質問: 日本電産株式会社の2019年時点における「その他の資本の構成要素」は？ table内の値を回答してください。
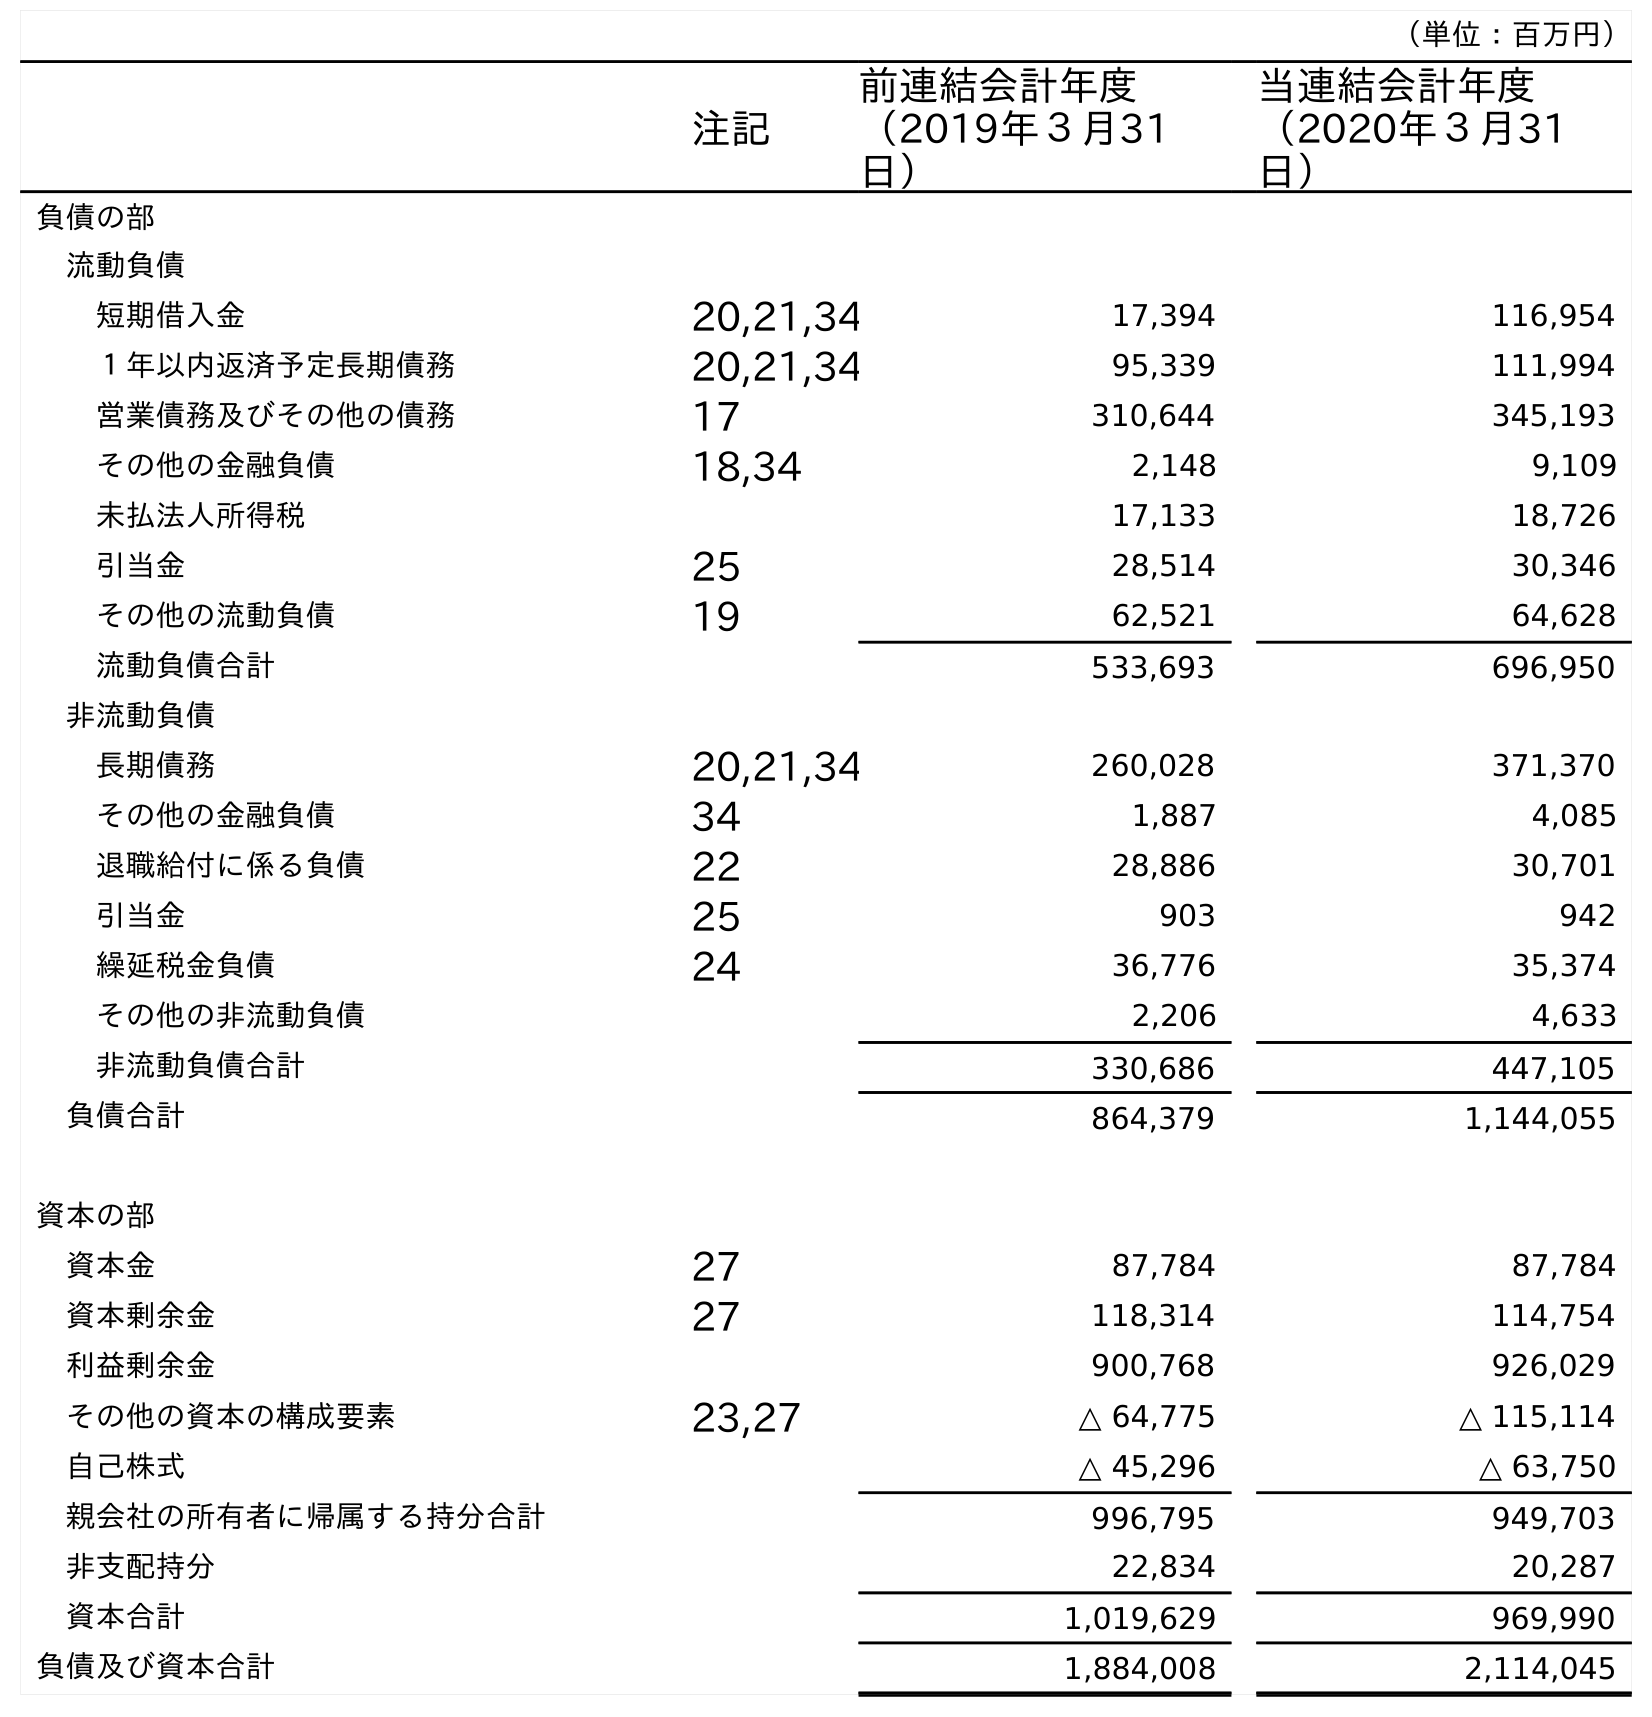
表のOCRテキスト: （単位：百万円） 注記 前連結会計年度 （2019年３月31 日） 当連結会計年度 （2020年３月31 日） 負債の部 流動負債 短期借入金 20,21,34 17,394 116,954 １年以内返済予定長期債務 20,21,34 95,339 111,994 営業債務及びその他の債務 17 310,644 345,193 その他の金融負債 18,34 2,148 9,109 未払法人所得税 17,133 18,726 引当金 25 28,514 30,346 その他の流動負債 19 62,521 64,628 流動負債合計 533,693 696,950 非流動負債 長期債務 20,21,34 260,028 371,370 その他の金融負債 34 1,887 4,085 退職給付に係る負債 22 28,886 30,701 引当金 25 903 942 繰延税金負債 24 36,776 35,374 その他の非流動負債 2,206 4,633 非流動負債合計 330,686 447,105 負債合計 864,379 1,144,055 資本の部 資本金 27 87,784 87,784 資本剰余金 27 118,314 114,754 利益剰余金 900,768 926,029 その他の資本の構成要素 23,27 △ 64,775 △ 115,114 自己株式 △ 45,296 △ 63,750 親会社の所有者に帰属する持分合計 996,795 949,703 非支配持分 22,834 20,287 資本合計 1,019,629 969,990 負債及び資本合計 1,884,008 2,114,045
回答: △64,775